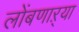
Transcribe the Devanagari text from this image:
लोंबणाऱ्या